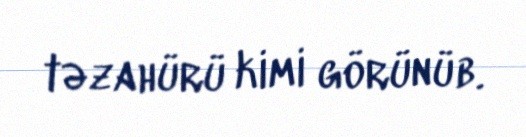
təzahürü kimi görünüb.